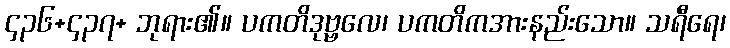
၄၃၆+၄၃၇+ ဘုရား၏။ ပကတိဒုဗ္ဗလေ၊ ပကတိကအားနည်းသော။ သရီရေ၊